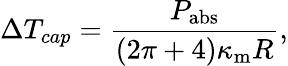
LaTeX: \Delta T_{cap}=\frac{P_{\mathrm{abs}}}{(2\pi+4)\kappa_{\mathrm{m}}R},